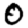
Digit: 0